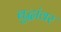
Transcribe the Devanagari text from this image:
बुद्धांवर